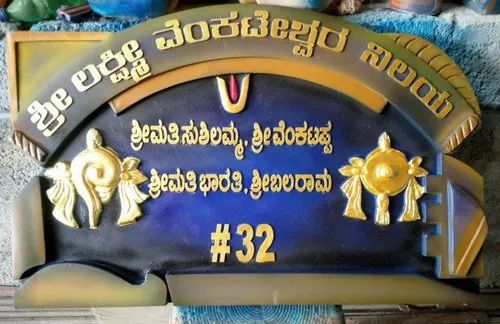
Language: kannada
Transcription: ಲಕ್ಷ್ಮೀ ನಿಲಯ ಶ್ರೀಮತಿಸುಶಿಲಮ್ಮ ಶ್ರೀಬಲರಾಮ ಶ್ರೀಮತಿಭಾರತಿ ವೆಂಕಟೇಶ್ವರ ಶ್ರೀವೆಂಕಟಪ್ಪ ಶ್ರೀ